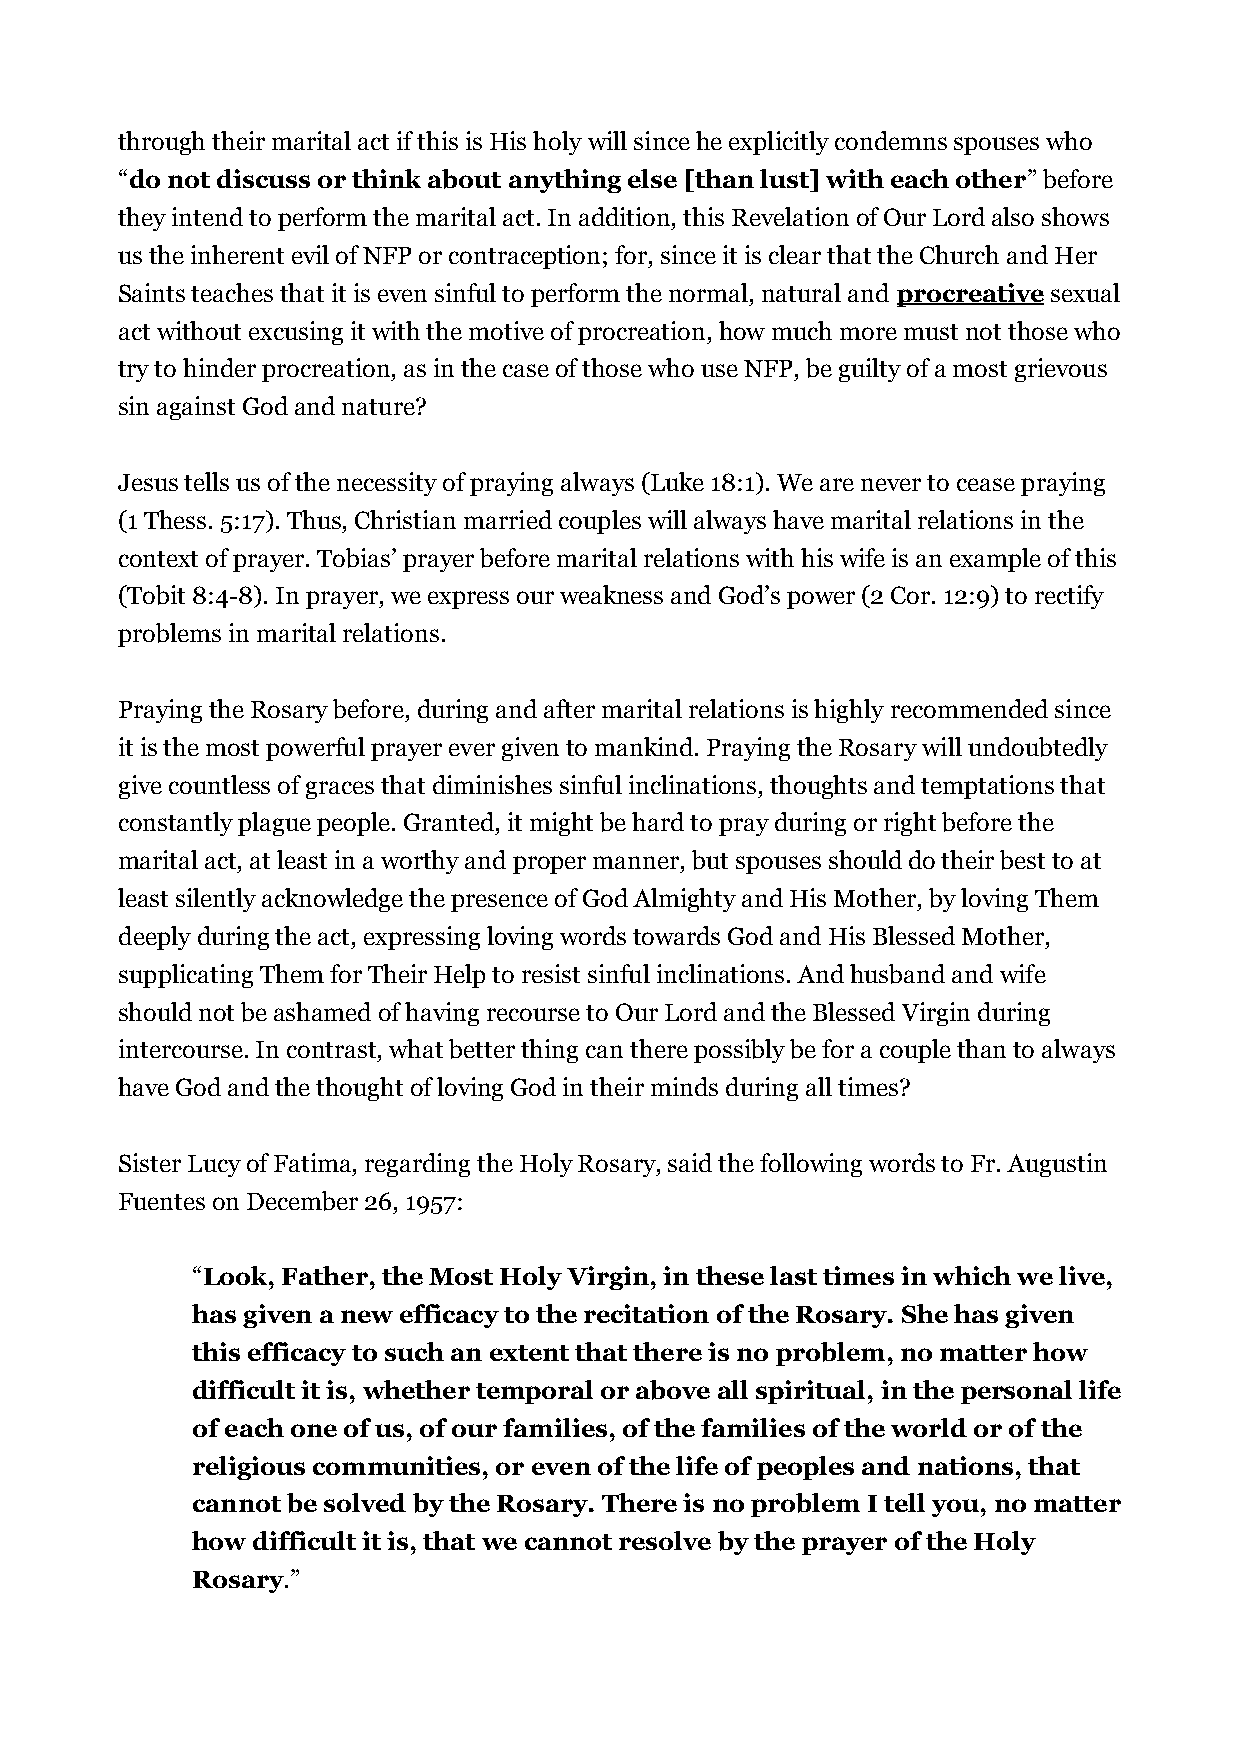
through their marital act if this is His holy will since he explicitly condemns spouses who
 “do not discuss or think about anything else [than lust] with each other” before
 they intend to perform the marital act. In addition, this Revelation of Our Lord also shows
 us the inherent evil of NFP or contraception; for, since it is clear that the Church and Her
 Saints teaches that it is even sinful to perform the normal, natural and procreative sexual
 act without excusing it with the motive of procreation, how much more must not those who
 try to hinder procreation, as in the case of those who use NFP, be guilty of a most grievous
 sin against God and nature?
 Jesus tells us of the necessity of praying always (Luke 18:1). We are never to cease praying
 (1 Thess. 5:17). Thus, Christian married couples will always have marital relations in the
 context of prayer. Tobias’ prayer before marital relations with his wife is an example of this
 (Tobit 8:4-8). In prayer, we express our weakness and God’s power (2 Cor. 12:9) to rectify
 problems in marital relations.
 Praying the Rosary before, during and after marital relations is highly recommended since
 it is the most powerful prayer ever given to mankind. Praying the Rosary will undoubtedly
 give countless of graces that diminishes sinful inclinations, thoughts and temptations that
 constantly plague people. Granted, it might be hard to pray during or right before the
 marital act, at least in a worthy and proper manner, but spouses should do their best to at
 least silently acknowledge the presence of God Almighty and His Mother, by loving Them
 deeply during the act, expressing loving words towards God and His Blessed Mother,
 supplicating Them for Their Help to resist sinful inclinations. And husband and wife
 should not be ashamed of having recourse to Our Lord and the Blessed Virgin during
 intercourse. In contrast, what better thing can there possibly be for a couple than to always
 have God and the thought of loving God in their minds during all times?
 Sister Lucy of Fatima, regarding the Holy Rosary, said the following words to Fr. Augustin
 Fuentes on December 26, 1957:
 “Look, Father, the Most Holy Virgin, in these last times in which we live,
 has given a new efficacy to the recitation of the Rosary. She has given
 this efficacy to such an extent that there is no problem, no matter how
 difficult it is, whether temporal or above all spiritual, in the personal life
 of each one of us, of our families, of the families of the world or of the
 religious communities, or even of the life of peoples and nations, that
 cannot be solved by the Rosary. There is no problem I tell you, no matter
 how difficult it is, that we cannot resolve by the prayer of the Holy
 Rosary.”